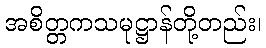
အစိတ္တကသမုဋ္ဌာန်တို့တည်း၊